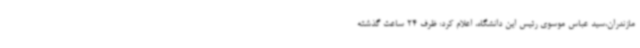
مازندران،سید عباس موسوی رئیس این دانشگاه، اعلام کرد: ظرف 24 ساعت گذشته